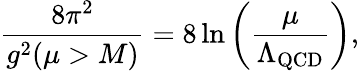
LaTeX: \frac{8\pi^{2}}{g^{2}(\mu>M)}=8\ln\left(\frac{\mu}{\Lambda_{\mathrm{QCD}}}\right),